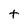
Character: t